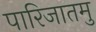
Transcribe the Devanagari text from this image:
पारिजातमु